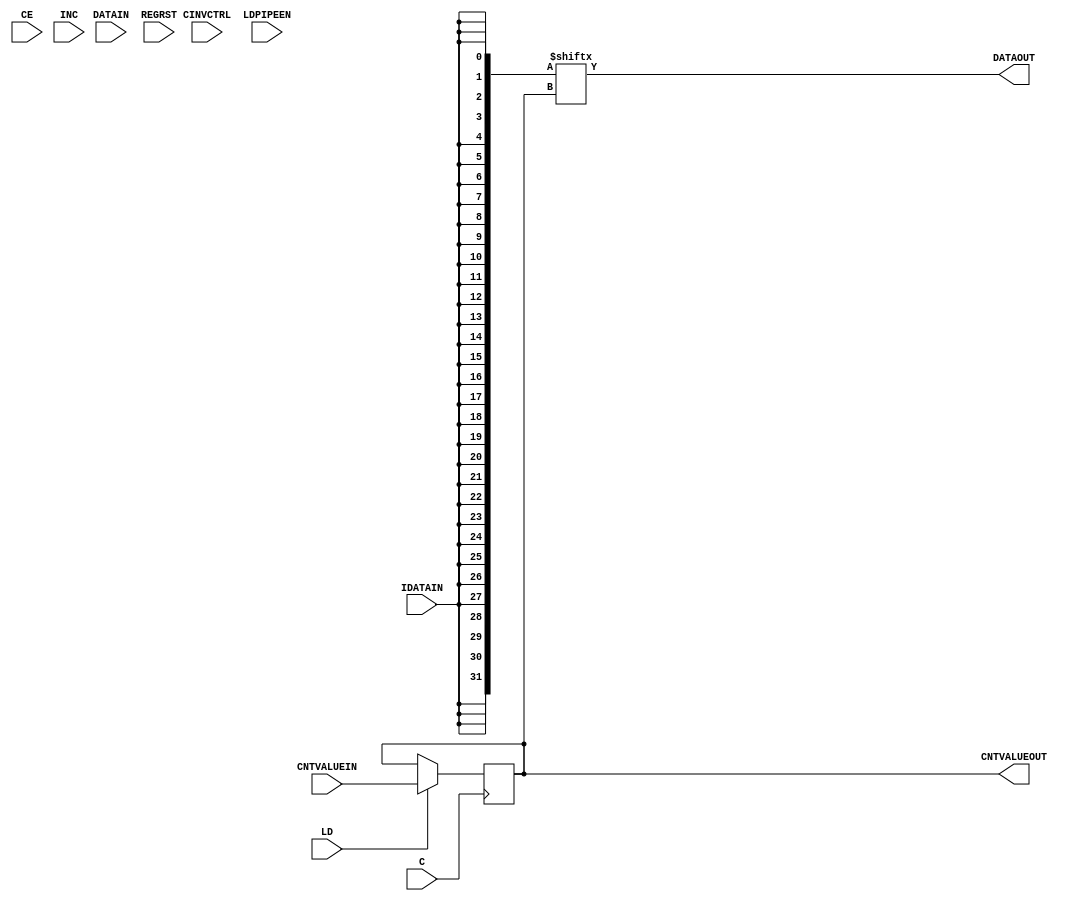
// This is super basic. Not anywhere near to complete!!!

`timescale 1 ns / 1 ps

module IDELAYE2 (CNTVALUEOUT, DATAOUT, C, CE, CINVCTRL, CNTVALUEIN, DATAIN, IDATAIN, INC, LD, LDPIPEEN, REGRST);
    parameter CINVCTRL_SEL = "FALSE";
    parameter DELAY_SRC = "IDATAIN";
    parameter HIGH_PERFORMANCE_MODE    = "FALSE";
    parameter IDELAY_TYPE  = "FIXED";
    parameter integer IDELAY_VALUE = 0;
    parameter [0:0] IS_C_INVERTED = 1'b0;
    parameter [0:0] IS_DATAIN_INVERTED = 1'b0;
    parameter [0:0] IS_IDATAIN_INVERTED = 1'b0;
    parameter PIPE_SEL = "FALSE";
    parameter real REFCLK_FREQUENCY = 200.0;
    parameter SIGNAL_PATTERN    = "DATA";

    output [4:0] CNTVALUEOUT;
    output reg DATAOUT;
    input C;
    input CE;
    input CINVCTRL;
    input [4:0] CNTVALUEIN;
    input DATAIN;
    input IDATAIN;
    input INC;
    input LD;
    input LDPIPEEN;
    input REGRST;

// To get a bit more than 360 degree range
localparam real TAP_DEL = (1.0 / REFCLK_FREQUENCY * 1000 / 31);

// assign DATAOUT = IDATAIN;
reg [4:0] cntValue = 5'h0;
assign CNTVALUEOUT = cntValue;

always @(posedge C) begin
    if(LD) begin
        cntValue <= CNTVALUEIN;
    end
end

// verilator lint_save
// verilator lint_off BLKSEQ
reg [31:0] shiftReg = 32'h0;
always begin
    #(TAP_DEL);
    shiftReg = { shiftReg[30:0], IDATAIN };
    DATAOUT = shiftReg[cntValue];
end
// verilator lint_restore

endmodule // IDELAYE2